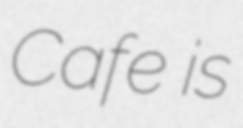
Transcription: Cafe is